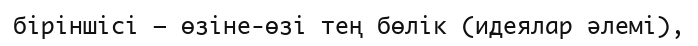
біріншісі — өзіне-өзі тең бөлік (идеялар әлемі),